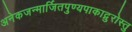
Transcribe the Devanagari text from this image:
अनेकजन्मार्जितपुण्यपाकाद्गुरोस्तु